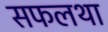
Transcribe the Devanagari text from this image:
सफलथा